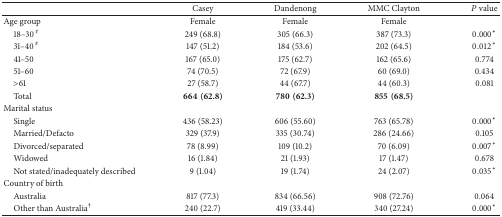
|  | Casey | Dandenong | MMC Clayton | P value |
 | --- | --- | --- | --- | --- |
 | Age group | Female | Female | Female |  |
 | 18–30≠ | 249 (68.8) | 305 (66.3) | 387 (73.3) | 0.000* |
 | 31–40≠ | 147 (51.2) | 184 (53.6) | 202 (64.5) | 0.012* |
 | 41–50 | 167 (65.0) | 175 (62.7) | 162 (65.6) | 0.774 |
 | 51–60 | 74 (70.5) | 72 (67.9) | 60 (69.0) | 0.434 |
 | >61 | 27 (58.7) | 44 (67.7) | 44 (60.3) | 0.081 |
 | Total | 664(62.8) | 780(62.3) | 855(68.5) |  |
 | Marital status |  |  |  |  |
 | Single | 436 (58.23) | 606 (55.60) | 763 (65.78) | 0.000* |
 | Married/Defacto | 329 (37.9) | 335 (30.74) | 286 (24.66) | 0.105 |
 | Divorced/separated | 78 (8.99) | 109 (10.2) | 70 (6.09) | 0.007* |
 | Widowed | 16 (1.84) | 21 (1.93) | 17 (1.47) | 0.678 |
 | Not stated/inadequately described | 9 (1.04) | 19 (1.74) | 24 (2.07) | 0.035* |
 | Country of birth |  |  |  |  |
 | Australia | 817 (77.3) | 834 (66.56) | 908 (72.76) | 0.064 |
 | Other than Australia† | 240 (22.7) | 419 (33.44) | 340 (27.24) | 0.000* |